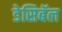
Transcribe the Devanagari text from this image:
डेसिबॅल